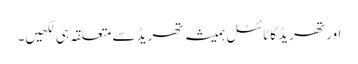
اور تھریڈ کا ٹائٹل ہمیشہ تھریڈ سے متعلقہ ہی لکھیں۔